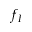
f _ { I }